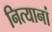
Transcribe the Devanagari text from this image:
नित्यानां